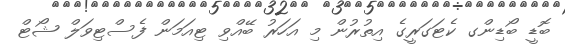
ބޮޑީ ބޯޑިންގ ކެޓަގަރީގެ އިތުރުން މި އަހަރު ބޭއްވި ޓިއަމަން ފެސްޓިވަލް ޝޯޓް